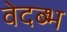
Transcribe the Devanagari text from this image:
वेदब्भ